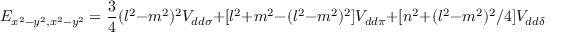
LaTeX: E _ { x ^ { 2 } - y ^ { 2 } , x ^ { 2 } - y ^ { 2 } } = { \frac { 3 } { 4 } } ( l ^ { 2 } - m ^ { 2 } ) ^ { 2 } V _ { d d \sigma } + [ l ^ { 2 } + m ^ { 2 } - ( l ^ { 2 } - m ^ { 2 } ) ^ { 2 } ] V _ { d d \pi } + [ n ^ { 2 } + ( l ^ { 2 } - m ^ { 2 } ) ^ { 2 } / 4 ] V _ { d d \delta }